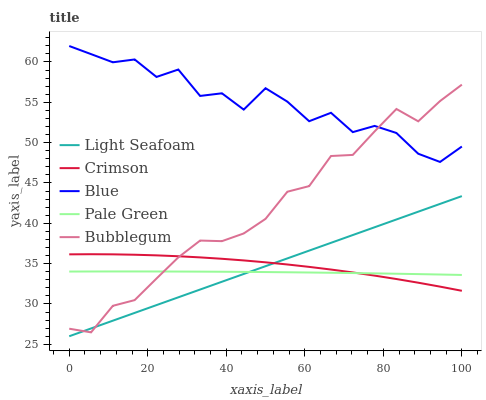
| xaxis_label | Light Seafoam | Crimson | Blue | Pale Green | Bubblegum |
 | --- | --- | --- | --- | --- | --- |
 | 0 | 26 | 36.2 | 62 | 34 | 26.9 |
 | 5.56 | 27 | 36.2 | 61 | 34 | 26.5 |
 | 11.1 | 27.9 | 36.2 | 60 | 34 | 29.8 |
 | 16.7 | 28.9 | 36.1 | 60.3 | 34 | 30.5 |
 | 22.2 | 29.9 | 36 | 58.1 | 34 | 33.2 |
 | 27.8 | 30.8 | 35.9 | 59.1 | 34 | 35.8 |
 | 33.3 | 31.8 | 35.8 | 55.8 | 34 | 37.9 |
 | 38.9 | 32.8 | 35.6 | 56.1 | 34 | 37.8 |
 | 44.4 | 33.7 | 35.4 | 54.1 | 34 | 38.7 |
 | 50 | 34.7 | 35.2 | 56.7 | 34 | 40.6 |
 | 55.6 | 35.7 | 34.9 | 55.1 | 33.9 | 43.9 |
 | 61.1 | 36.6 | 34.6 | 52.7 | 33.9 | 44.6 |
 | 66.7 | 37.6 | 34.3 | 53.7 | 33.9 | 48.3 |
 | 72.2 | 38.5 | 33.9 | 51.3 | 33.8 | 48.5 |
 | 77.8 | 39.5 | 33.5 | 52.1 | 33.8 | 51.4 |
 | 83.3 | 40.5 | 33.1 | 51.2 | 33.8 | 54.2 |
 | 88.9 | 41.4 | 32.6 | 48.6 | 33.7 | 52.6 |
 | 94.4 | 42.4 | 32.2 | 47.6 | 33.7 | 55.2 |
 | 100 | 43.4 | 31.6 | 49.5 | 33.6 | 57.2 |